Bombay plague: being a history of the progress of plague in the Bombay presidency from September 1896 to June 1899
Year: 1896
Disease focus: Plague
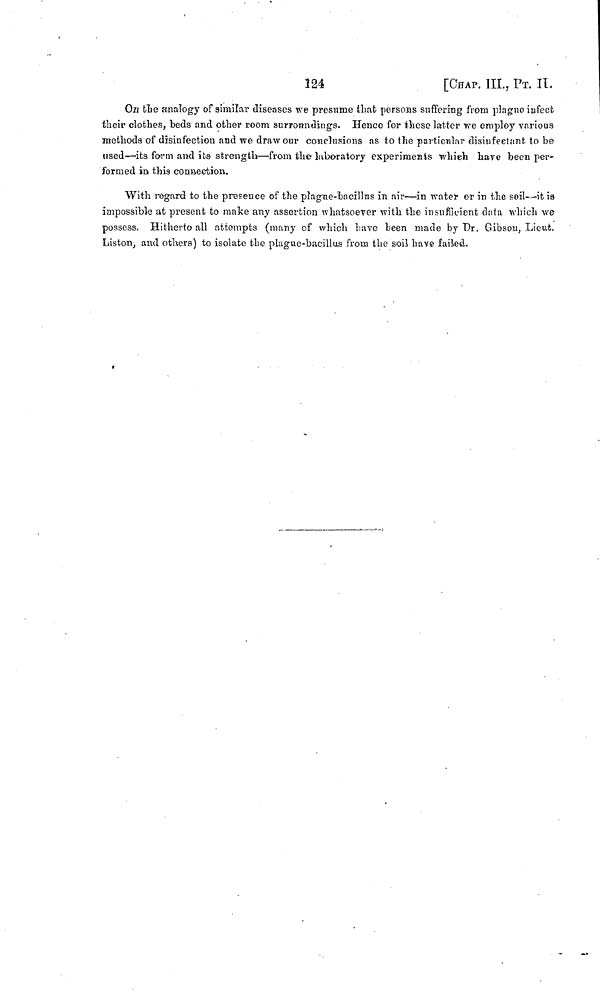
224
[CHAP. III., PT. Π.
On the analogy of similar diseases we presume that persons suffering from plague infect
their clothes, beds and other room surronndings. Hence for these latter we employ various
methods of disinfection and we draw our conclusions as to the particular disinfectant to be
used—its form and its strength—from the laboratory experiments which have been per-
formed in this connection.
With regard to the presence of the piague-bacillus in air—in water or in the soil—it is
impossible at present to make any assertion whatsoever with the insufficient dala which we
possess. Hitherto all attempts (many of which have been made by Dr. Gibson, Lieut,
Liston, and others) to isolate the plague-bacillus from the soil have failed.